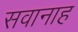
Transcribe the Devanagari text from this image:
सवानाह